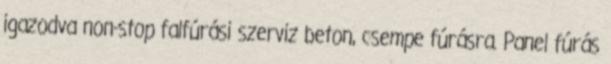
igazodva non-stop falfúrási szerviz beton, csempe fúrásra. Panel fúrás